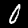
Digit: 0